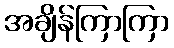
အချိန်ကြာကြာ